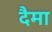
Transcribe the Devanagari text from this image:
दैमा